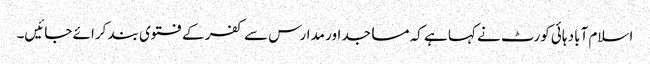
اسلام آباد ہائی کورٹ نے کہا ہے کہ مساجد اور مدارس سے کفر کے فتوی بند کرائے جائیں۔